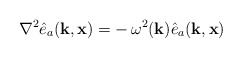
\begin{align*}\nabla^2 \hat e_a({\bf k},{\bf x})= -\,\omega^2({\bf k}) \hat e_a({\bf k},{\bf x})\end{align*}